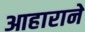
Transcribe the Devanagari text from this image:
आहाराने